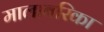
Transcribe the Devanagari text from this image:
मालाबरिका